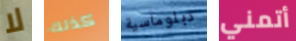
لا كذلك دبلوماسية أتمني